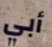
أبي